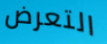
التعرض